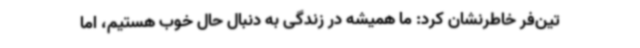
تین‌فر خاطرنشان کرد: ما همیشه در زندگی به دنبال حال خوب هستیم، اما